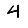
Digit: 4